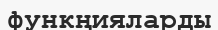
функңияларды